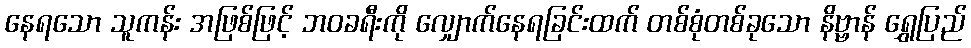
နေရသော သူကန်း အဖြစ်ဖြင့် ဘဝခရီးကို လျှောက်နေရခြင်းထက် တစ်စုံတစ်ခုသော နိဗ္ဗာန် ရွှေပြည်